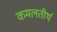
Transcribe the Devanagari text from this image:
कमलतीर्थ